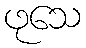
ဖုသေ